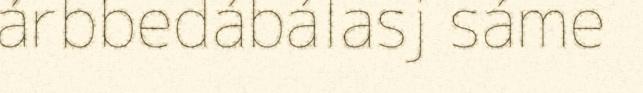
árbbedábálasj sáme